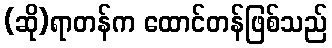
(ဆို)ရာတန်က ထောင်တန်ဖြစ်သည်